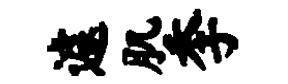
遽肌季